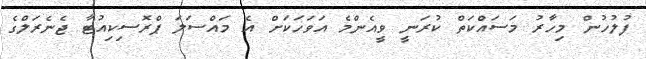
ފުލުހުން މިހާރު މަސައްކަތް ކުރަނީ ވީއެންމެ އަވަހަކަށް އެ މައްސަލަ ޕްރޮސިކިއުޓާ ޖެނެރަލްގެ